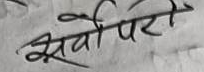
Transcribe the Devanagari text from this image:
सेर्वीपरा